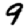
Digit: 9